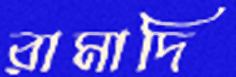
রামাদি